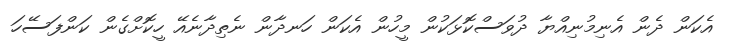
އެކަން ދެން އެނިމުނިއްޔާ ދުވަސްކޮޅަކުން މީހުން އެކަން ހަނދާން ނެތިދާނެއޭ ހީކޮށްގެން ކަންފަސޭހަ